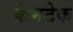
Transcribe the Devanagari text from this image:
केमटेक